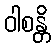
ဝါစန္တိ